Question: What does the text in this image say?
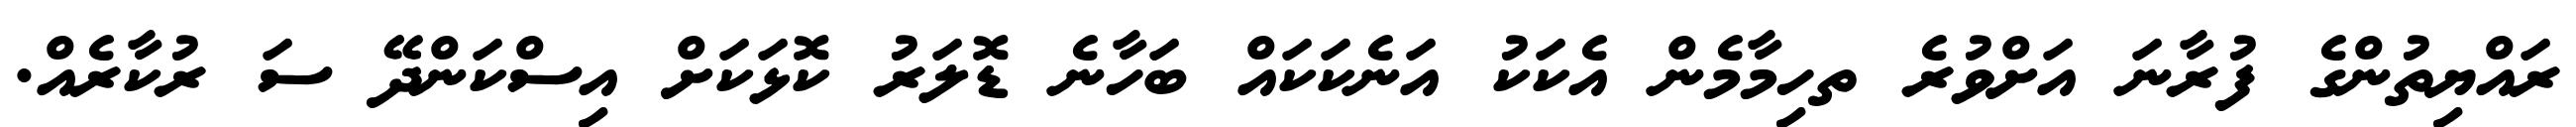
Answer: ރައްޔިތުންގެ ފުރާނަ އަށްވުރެ ތހިމާމެން އެކަކު އަނެކަކައް ބަހާނެ ޑޮލަރު ކޮޅަކަށް އިސްކަންދޭ ސަ ރުކާރެއް.